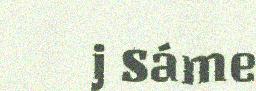
j Sáme